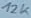
Text: 12K